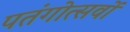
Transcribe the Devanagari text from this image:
पतंगोत्सवों